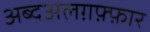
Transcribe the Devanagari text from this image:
अब्दअलग़फ़्फ़ार